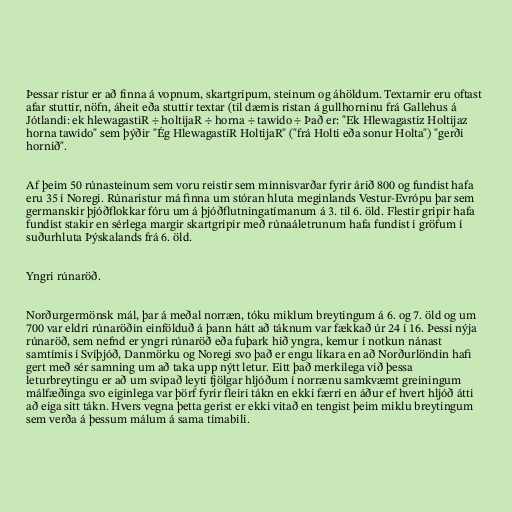
Þessar ristur er að finna á vopnum, skartgripum, steinum og áhöldum. Textarnir eru oftast
afar stuttir, nöfn, áheit eða stuttir textar (til dæmis ristan á gullhorninu frá Gallehus á
Jótlandi: ek hlewagastiR ÷ holtijaR ÷ horna ÷ tawido ÷ Það er: "Ek Hlewagastiz Holtijaz
horna tawido" sem þýðir "Ég HlewagastiR HoltijaR" ("frá Holti eða sonur Holta") "gerði
hornið".

Af þeim 50 rúnasteinum sem voru reistir sem minnisvarðar fyrir árið 800 og fundist hafa
eru 35 í Noregi. Rúnaristur má finna um stóran hluta meginlands Vestur-Evrópu þar sem
germanskir þjóðflokkar fóru um á þjóðflutningatímanum á 3. til 6. öld. Flestir gripir hafa
fundist stakir en sérlega margir skartgripir með rúnaáletrunum hafa fundist í gröfum í
suðurhluta Þýskalands frá 6. öld.

Yngri rúnaröð.

Norðurgermönsk mál, þar á meðal norræn, tóku miklum breytingum á 6. og 7. öld og um
700 var eldri rúnaröðin einfölduð á þann hátt að táknum var fækkað úr 24 í 16. Þessi nýja
rúnaröð, sem nefnd er yngri rúnaröð eða fuþark hið yngra, kemur í notkun nánast
samtímis í Svíþjóð, Danmörku og Noregi svo það er engu líkara en að Norðurlöndin hafi
gert með sér samning um að taka upp nýtt letur. Eitt það merkilega við þessa
leturbreytingu er að um svipað leyti fjölgar hljóðum í norrænu samkvæmt greiningum
málfæðinga svo eiginlega var þörf fyrir fleiri tákn en ekki færri en áður ef hvert hljóð átti
að eiga sitt tákn. Hvers vegna þetta gerist er ekki vitað en tengist þeim miklu breytingum
sem verða á þessum málum á sama tímabili.